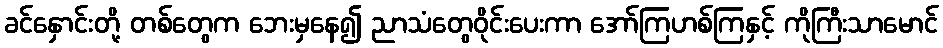
ခင်နှောင်းတို့ တစ်တွေက ဘေးမှနေ၍ ညာသံတွေဝိုင်းပေးကာ အော်ကြဟစ်ကြနှင့် ကိုကြီးသာမောင်